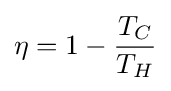
\eta =1-{T_{C} \over T_{H}}